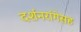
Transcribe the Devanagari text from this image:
दर्शनरांगेसह